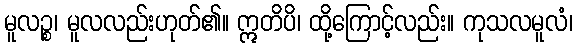
မူလဉ္စ၊ မူလလည်းဟုတ်၏။ ဣတိပိ၊ ထို့ကြောင့်လည်း။ ကုသလမူလံ၊